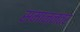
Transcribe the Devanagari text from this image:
समान्नतर